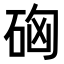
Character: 𥒚